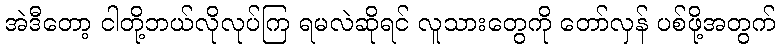
အဲဒီတော့ ငါတို့ဘယ်လိုလုပ်ကြ ရမလဲဆိုရင် လူသားတွေကို တော်လှန် ပစ်ဖို့အတွက်